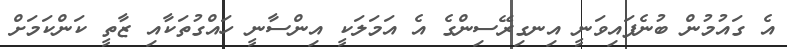
އެ ގައުމުން ބުނެފައިވަނީ އިނގިރޭސިންގެ އެ އަމަލަކީ އިންސާނީ ހައްގުތަކާއި ޒާތީ ކަންކަމަށް